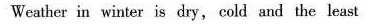
Weather in winter is dry, co!d and the least